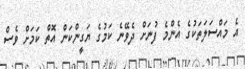
އެ މައްސަލަތަކުގެ އެންމެ ފުނަށް ދެވޭނެ ކަމުގެ ޔަގީންކަން އޮތް ކަމަށް ވެސް